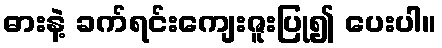
ဓားနဲ့ ခက်ရင်းကျေးဇူးပြု၍ ပေးပါ။